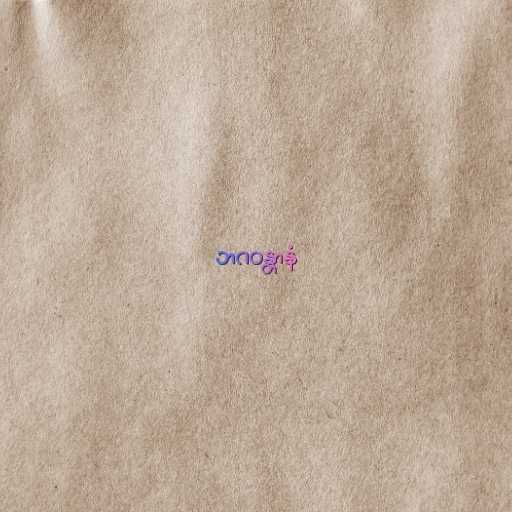
ဘဂဝန္တာနံ